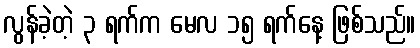
လွန်ခဲ့တဲ့ ၃ ရက်က မေလ ၁၅ ရက်နေ့ ဖြစ်သည်။